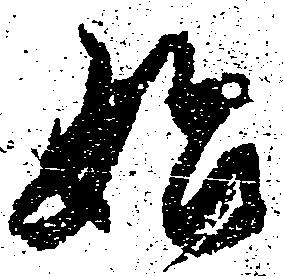
始